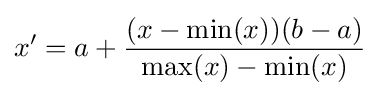
x'=a+{\frac {(x-{\text{min}}(x))(b-a)}{{\text{max}}(x)-{\text{min}}(x)}}